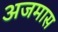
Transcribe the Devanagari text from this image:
अजमास